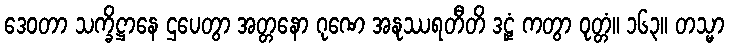
ဒေဝတာ သက္ခိဋ္ဌာနေ ဌပေတွာ အတ္တနော ဂုဏေ အနုဿရတီတိ ဒဠှံ ကတွာ ဝုတ္တံ။ ၁၆၃။ တသ္မာ